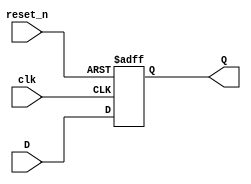
//Copyright (C) 2018, Alexander Knapik
//Licensed under the GNU GPL v3.0 or any later version

module flipFlopNbit #(
		      parameter busWidth = 8 //Flip flop bus width. Default = 8 bits.
		    )
     (
      input [(busWidth - 1):0] D,
      input 			clk,
      input 			reset_n,
      output [(busWidth - 1):0] Q      
      );
   

  //Register for holding the output value. Used for assigning in an always block.
	reg [(busWidth - 1):0] q = 0;
   assign Q = q;
   
  
  always @(posedge(clk), negedge(reset_n)) begin
     //If the reset line is low, set the output to be zero despite the input.
     if(reset_n == 1'b0) begin
	q <= 0;
     end
     //Else if the reset line is low, and the flip flops are clocked, set the output
     //to equal the input.
     else if (clk == 1'b1) begin
	q <= D;
     end
     //Else, keep the output the same.
     else begin
	q <= q;
     end
  end//always
   
  endmodule // flipFlopNbit